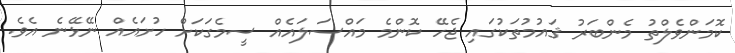
ކޮމަންވެލްތު މެންބަރު ޤައުމުތަކުގައި ޖެހޭ ކޮންމެ މައްސަލައެއް ސީމެގަކަށް ހުށައެއް ނޭޅޭނެ އެވެ.